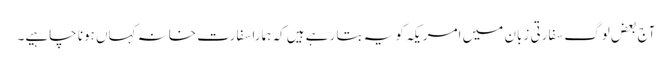
آج بعض لوگ سفارتی زبان میں امریکہ کو یہ بتا رہے ہیں کہ ہمارا سفارت خانہ کہاں ہونا چاہیے۔